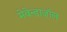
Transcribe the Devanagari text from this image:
मेबेन्डाज़ॉल